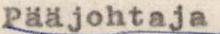
Pääjohtaja